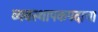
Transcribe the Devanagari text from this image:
व्यवस्थापकपदाचा